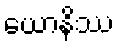
ယောနိဿ